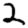
Digit: 2